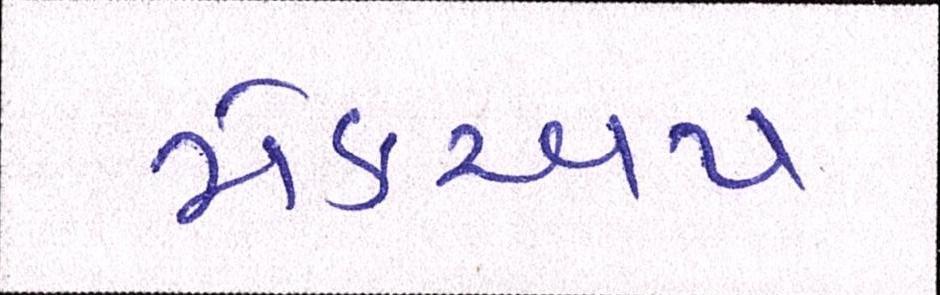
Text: મેકઅપ